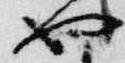
也